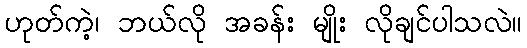
ဟုတ်ကဲ့၊ ဘယ်လို အခန်း မျိုး လိုချင်ပါသလဲ။